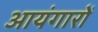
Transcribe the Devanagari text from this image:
आयंगारों